DOW-UAP-D5, Mission Report, Arabian Gulf, 2020
Agency: Department of War
Incident location: Mediterranean Sea
Page 1
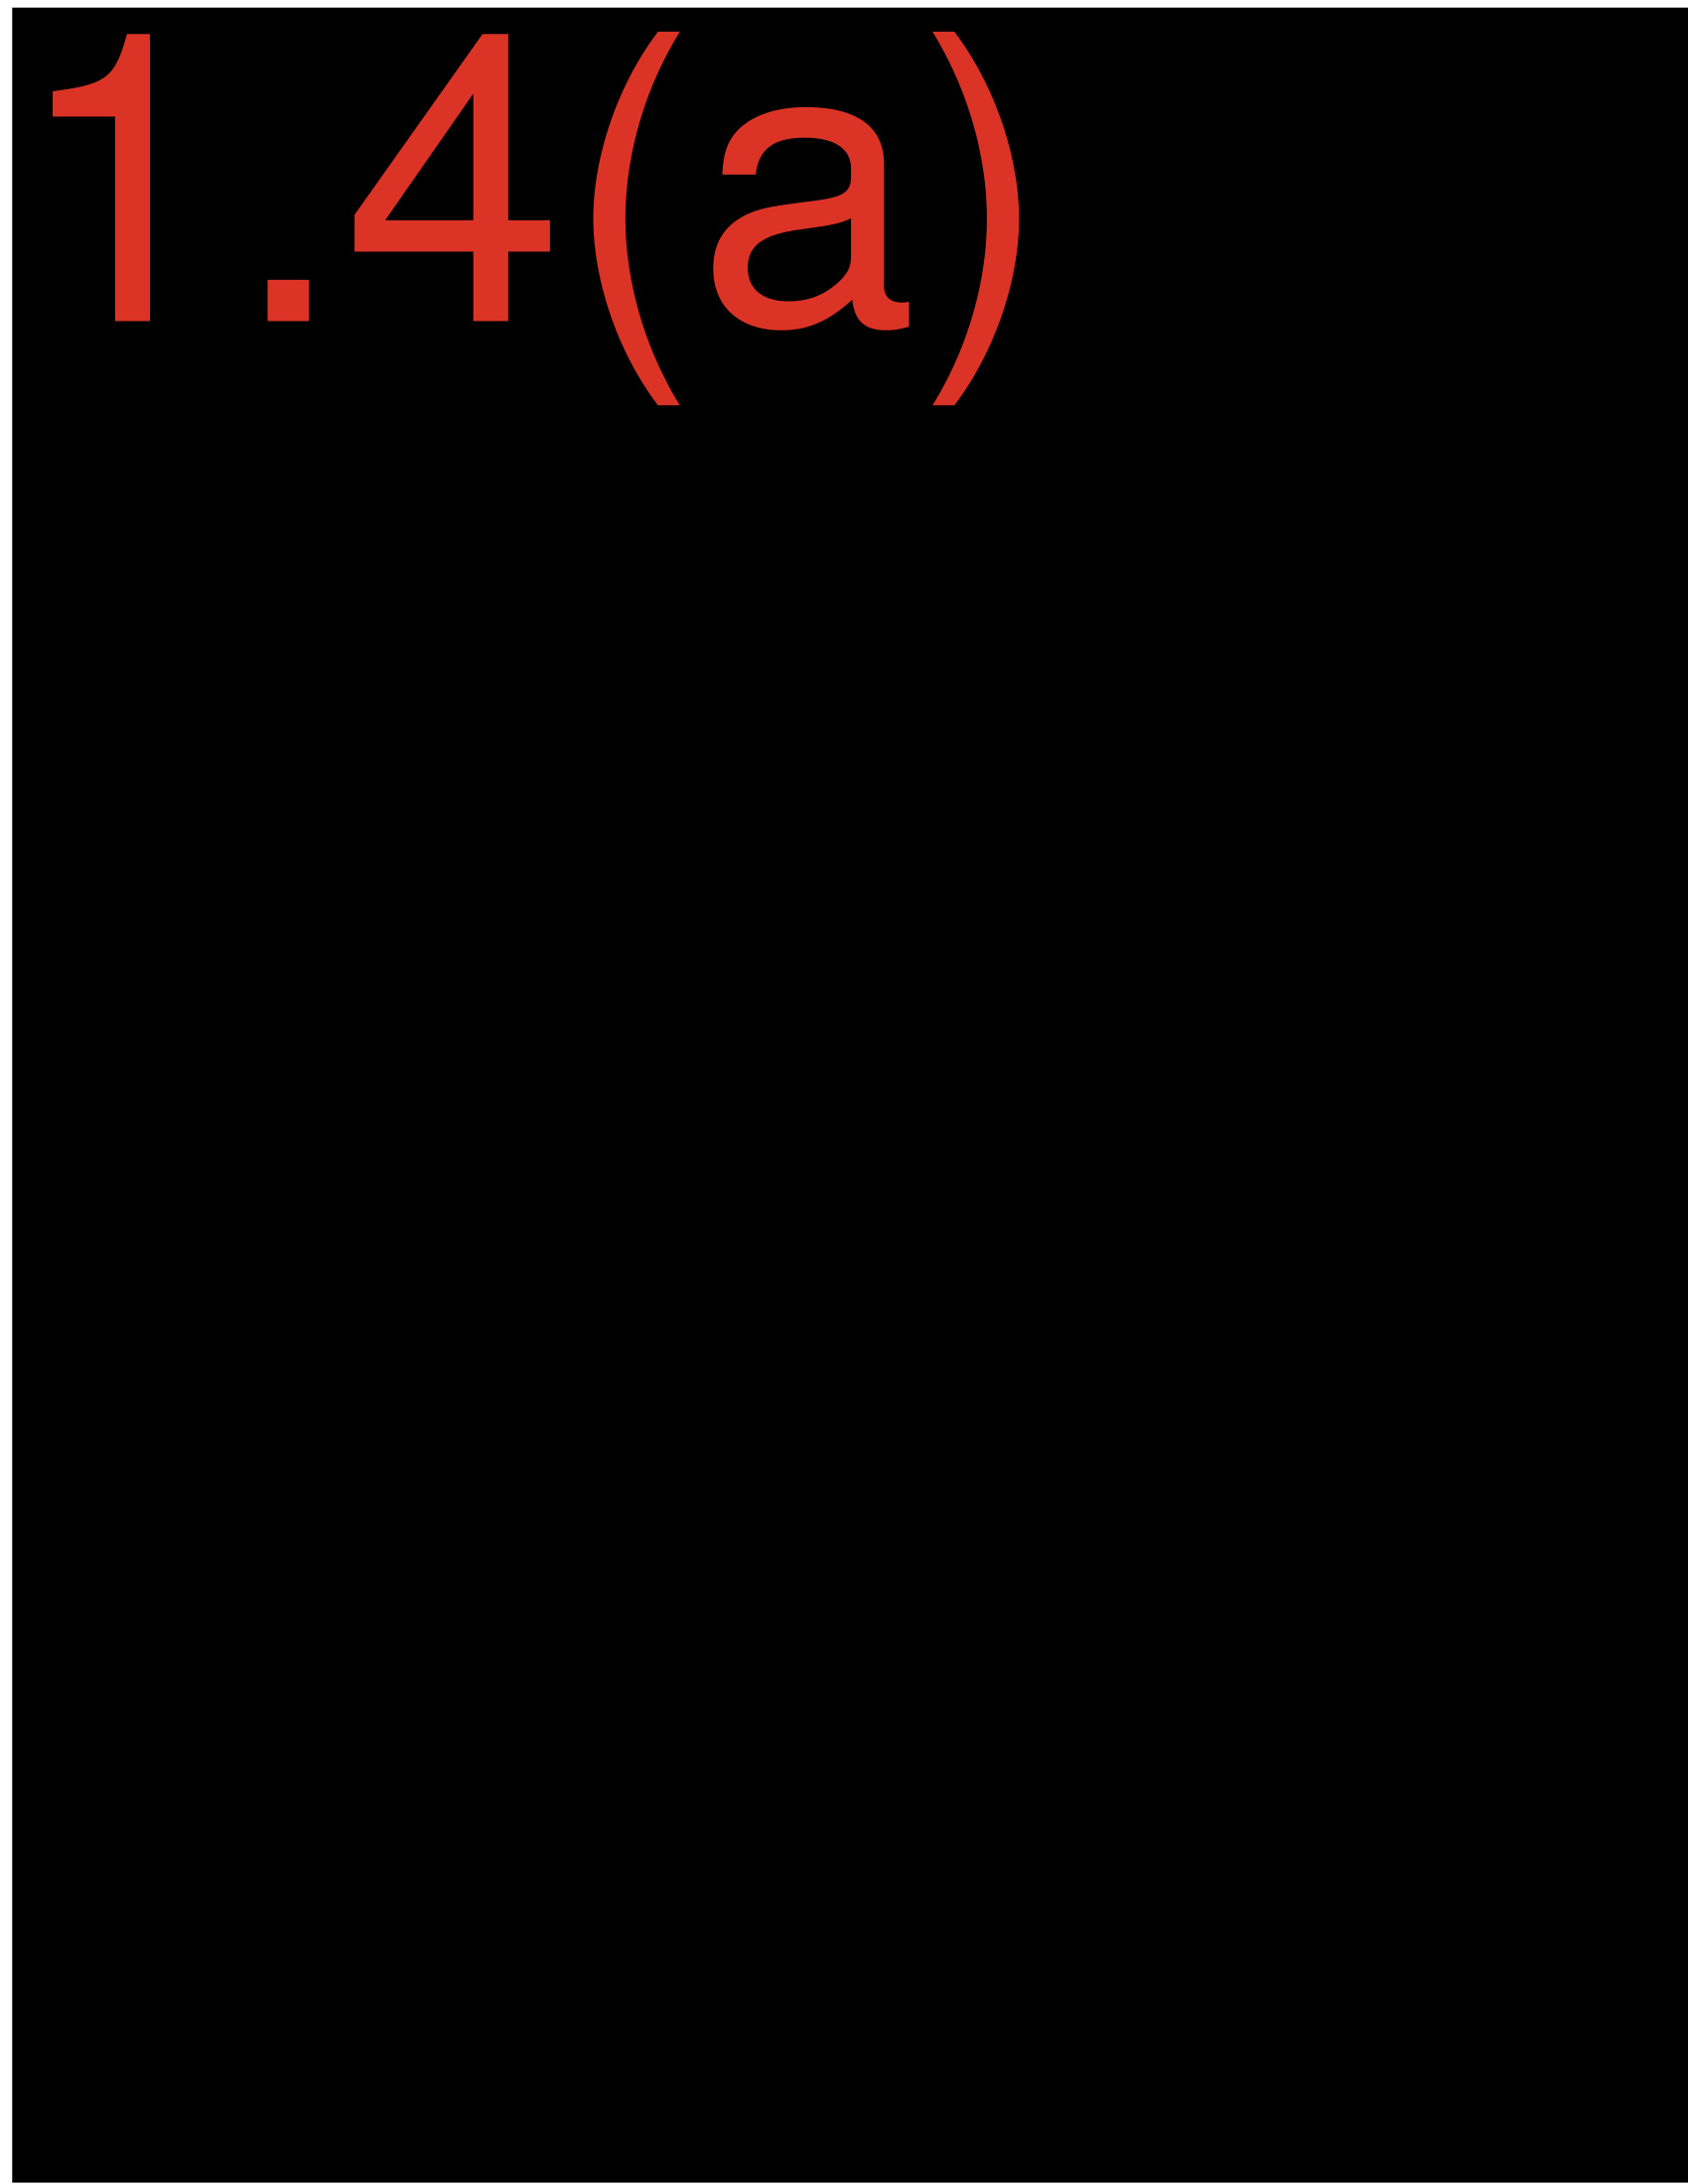